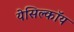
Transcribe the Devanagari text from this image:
येसिल्कॉय